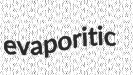
evaporitic